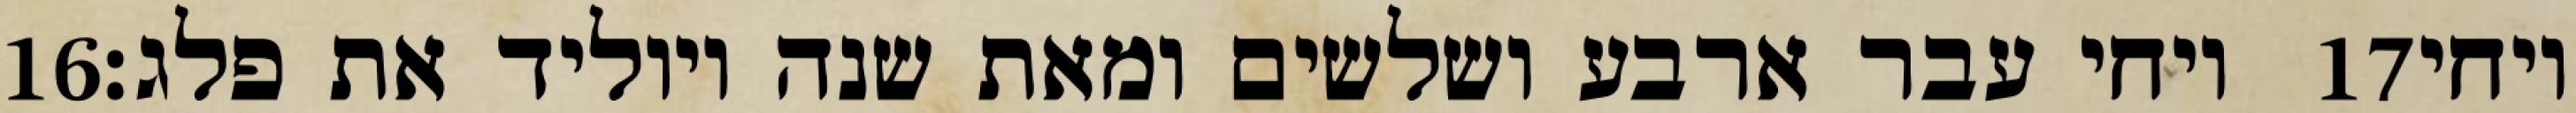
‎16‏ ויחי עבר ארבע ושלשים ומאת שנה ויוליד את פלג׃ ‎17‏ ויחי